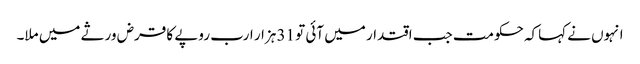
انہوں نے کہاکہ حکومت جب اقتدار میں آئی تو 31 ہزار ارب روپے کا قرض ورثے میں ملا۔